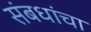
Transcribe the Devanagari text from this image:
संबधांचा